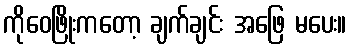
ကိုဝေဖြိုးကတော့ ချက်ချင်း အဖြေ မပေး။